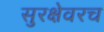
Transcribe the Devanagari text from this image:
सुरक्षेवरच